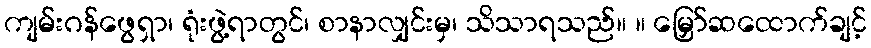
ကျမ်းဂန်ဖွေရှာ၊ ရုံးဖွဲ့ရာတွင်၊ စာနာလျှင်းမှ၊ သိသာရသည်။ ။ မြှော်ဆထောက်ချင့်